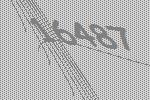
16487